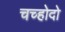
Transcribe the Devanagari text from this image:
चच्होदो